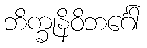
ဘိက္ခုနိဝိဘင်္ဂေါ